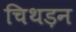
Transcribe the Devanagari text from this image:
चिथड़न